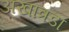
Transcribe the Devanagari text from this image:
अखात्रडा